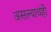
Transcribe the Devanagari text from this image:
असल्याचंही